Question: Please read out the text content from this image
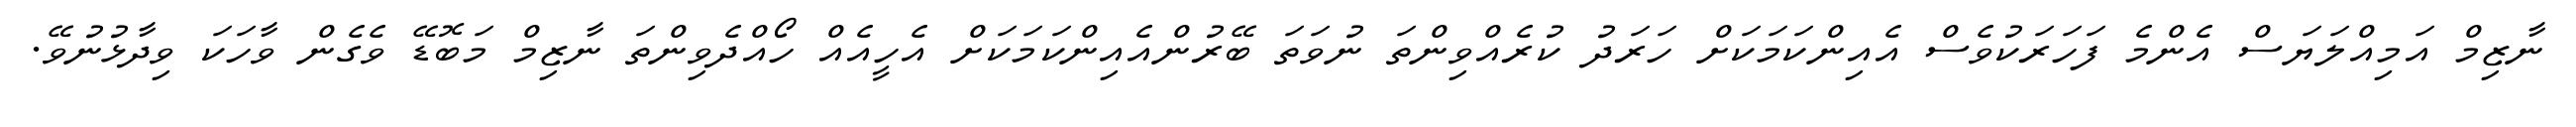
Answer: ނާޒިމް އަމިއްލަޔަސް އެންމެ ފަހަރަކުވެސް އެއިންކަމަކަށް ހަރަދު ކުރެއްވިންތަ ނުވަތަ ބޭރުންއެއިންކަމަކަށް އެހީއެއް ހޯއްދެވިންތަ ނާޒިމް މަބޮޑޭ ވެގެން ވާހަކަ ވިދާޅުނުވޭ.